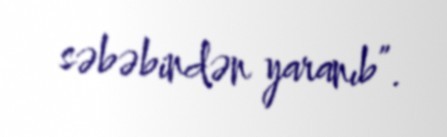
səbəbindən yaranıb”.